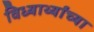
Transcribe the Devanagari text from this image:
विध्यार्थ्यांच्या